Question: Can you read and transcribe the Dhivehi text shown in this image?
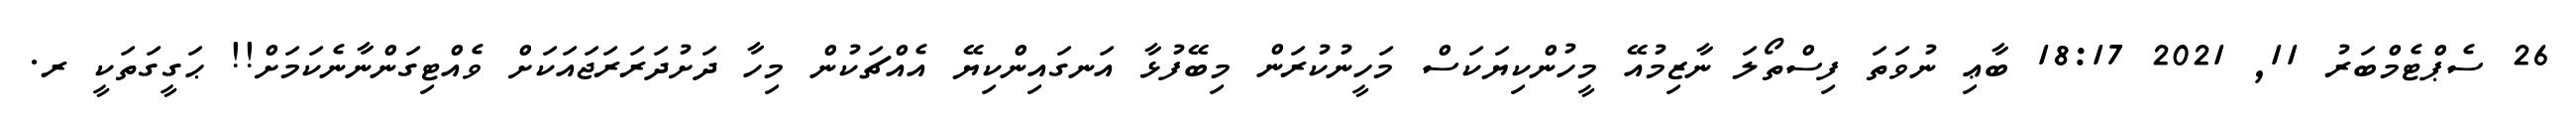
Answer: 26 ސެޕްޓެމްބަރު 11, 2021 18:17 ބާޢި ނުވަތަ ފިސްތޯލަ ނާޒިމުއޭ މީހުންކިޔަކަސް މަހީނުކުރަން މިބޭފުޅާ އަނގައިންކިޔޭ އެއްޗަކުން މިހާ ދަށުދަރަރަޖައަކަށް ވެއްޓިގަންނާނެކަމަށް!! ޙަގީގަތަކީ ރ.